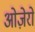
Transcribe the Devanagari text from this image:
ओज़ेरो